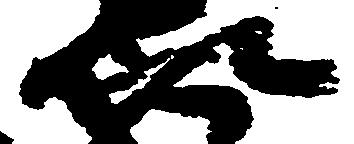
以